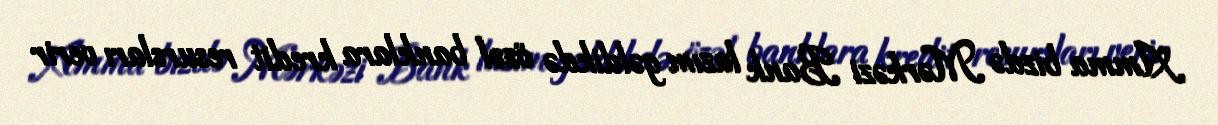
Amma bizdə Mərkəzi Bank lazım gəldikdə özəl banklara kredit resursları verir